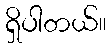
ရှိပါတယ်။